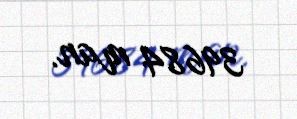
39684 man.